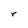
Character: r